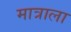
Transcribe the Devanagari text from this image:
मात्राला